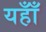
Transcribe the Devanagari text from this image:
यहाँँ